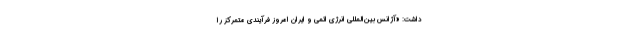
داشت: «آژانس بین‌المللی انرژی اتمی و ایران امروز فرآیندی متمرکز را